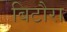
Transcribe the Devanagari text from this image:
बिटौरा